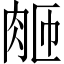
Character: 𬚴